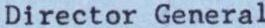
Director General